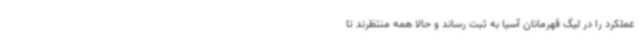
عملکرد را در لیگ قهرمانان آسیا به ثبت رساند و حالا همه منتظرند تا